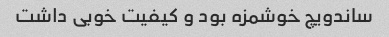
ساندویچ خوشمزه بود و کیفیت خوبی داشت